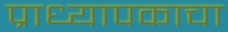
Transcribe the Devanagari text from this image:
प्राध्यापकाचा